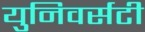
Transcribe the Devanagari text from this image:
युनिवर्सटी